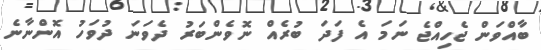
ބާއްވަން ޖެހިއްޖެ ނަމަ އެ ފަދަ ބުރެއް ނޮވެންބަރު ދެވަނަ ދުވަހު އޮންނާނެ